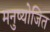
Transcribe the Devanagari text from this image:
मनुष्योजित